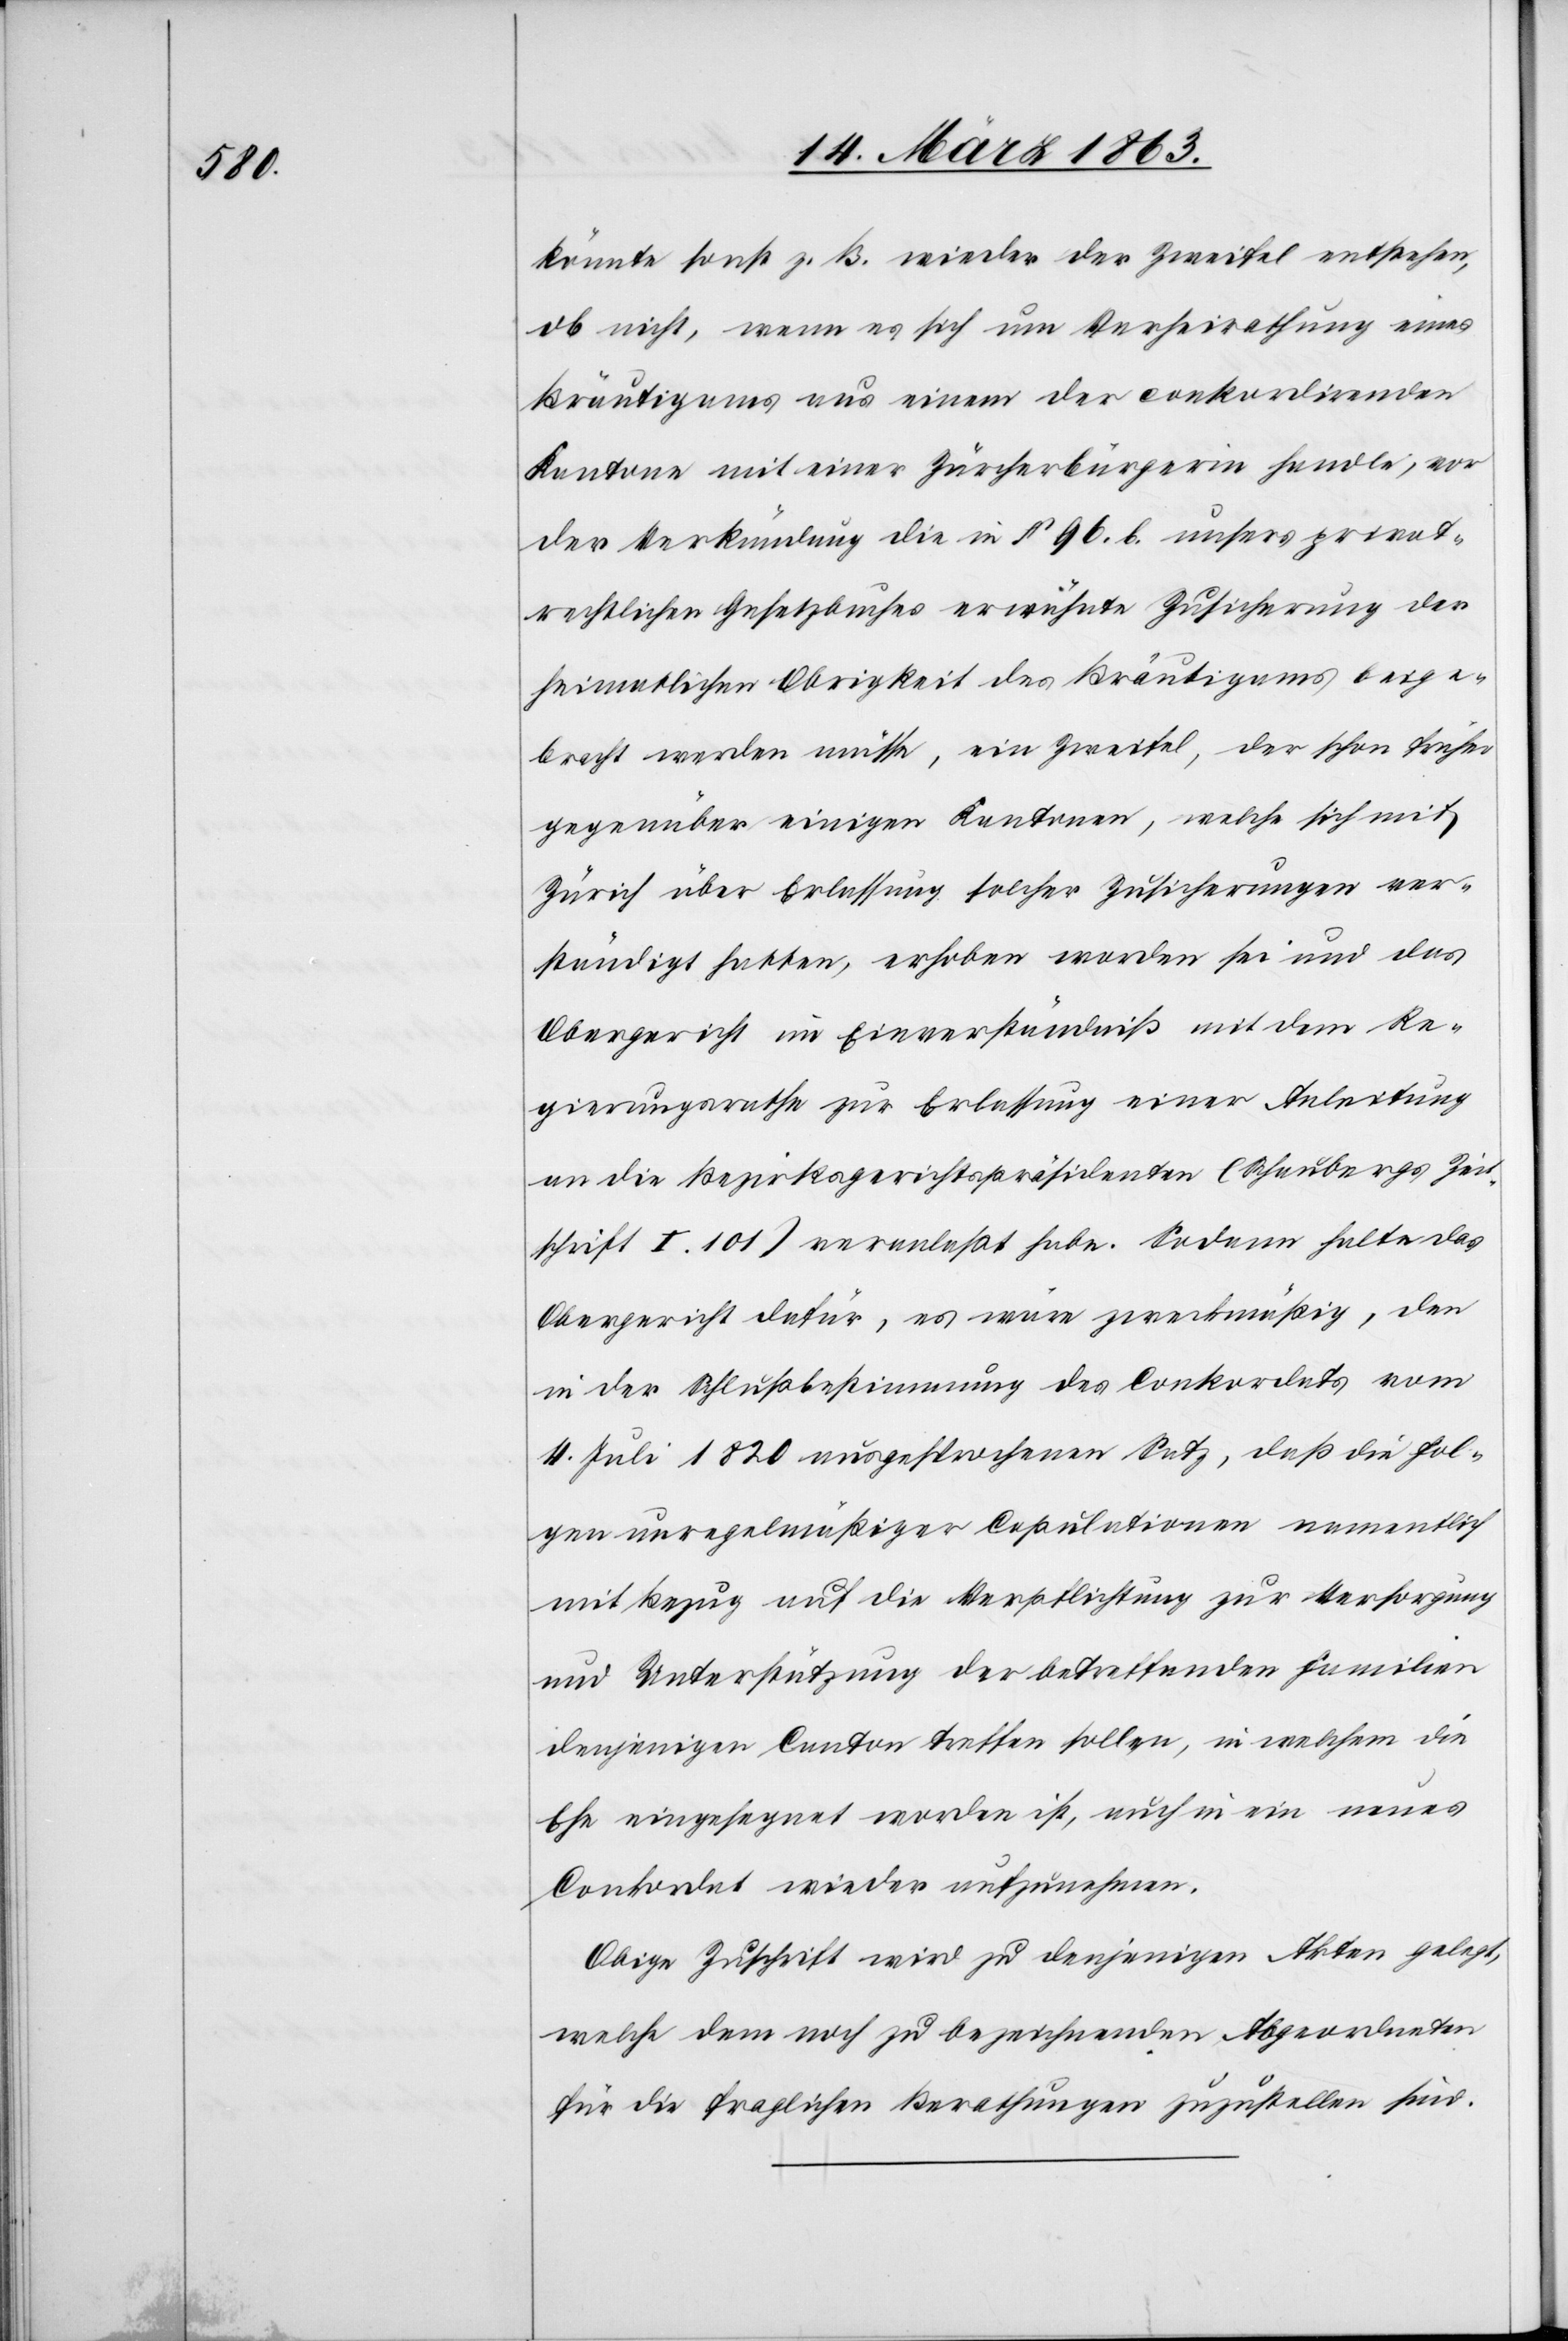
könnte sonst z. B. wieder der Zweifel entstehen,
ob nicht, wenn es sich um Verheirathung eines
Bräutigams aus einem der conkordirenden
Kantone mit einer Zürcherbürgerin handle, vor
der Verkündung die in § 96. b. unsers privat¬
rechtlichen Gesetzbuches erwähnte Zusicherung der
heimatlichen Obrigkeit des Bräutigams beige¬
bracht werden müsse, ein Zweifel, der schon früher
gegenüber einigen Kantonen, welche sich mit
Zürich über Erlassung solcher Zusicherungen ver¬
ständigt hatten, erhoben worden sei und das
Obergericht im Einverständniß mit dem Re¬
gierungsrathe zur Erlassung einer Anleitung
an die Bezirksgerichtspräsidenten (Schaubergs Zeit¬
schrift I. 101) veranlaßt habe. Sodann halte das
Obergericht dafür, es wäre zweckmäßig, den
in der Schlußbestimmung des Conkordats vom
4. Juli 1820 ausgesprochenen Satz, daß die Fol¬
gen unregelmäßiger Copulationen namentlich
mit Bezug auf die Verpflichtung zur Versorgung
und Unterstützung der betreffenden Familien
denjenigen Canton treffen sollen, in welchem die
Ehe eingesegnet worden ist, auch in ein neues
Conkordat wieder aufzunehmen.
Obige Zuschrift wird zu denjenigen Akten gelegt,
welche dem noch zu bezeichnenden Abgeordneten
für die fraglichen Berathungen zuzustellen sind.